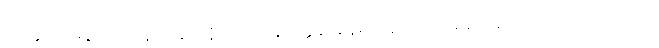
တတ္ထ၊ ထိုမနာယတနံ ပါဌ်၌။ နိဝါသဋ္ဌာနတ္ထေန၊ နေရာဟူသော အနက်ကြောင့်လည်းကောင်း။